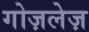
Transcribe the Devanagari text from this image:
गोज़लेज़